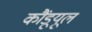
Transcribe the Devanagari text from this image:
कौंडूयूल